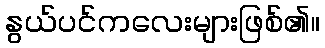
နွယ်ပင်ကလေးများဖြစ်၏။